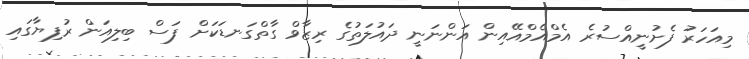
މިއަހަރު ފެށުނީއްސުރެ އެމްއެމްއޭއިން އަންނަނީ ދައުލަތުގެ ރިޒާވް ގާތްގަނޑަކަށް ފަސް ބިލިއަން ރުފިޔާގައި